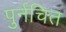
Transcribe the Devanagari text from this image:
पुर्नचित